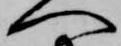
へ